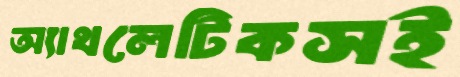
অ্যাথলেটিকসই